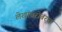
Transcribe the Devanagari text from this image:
लेखांबरोबरच